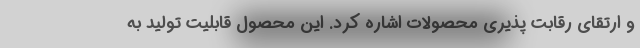
و ارتقای رقابت پذیری محصولات اشاره کرد. این محصول قابلیت تولید به